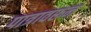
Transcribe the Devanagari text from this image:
पात्रावरून